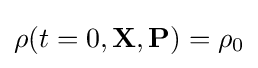
\rho (t=0,\mathbf {X} ,\mathbf {P} )=\rho _{0}